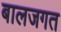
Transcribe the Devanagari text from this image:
बालजगत